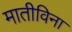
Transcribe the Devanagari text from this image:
मातीविना